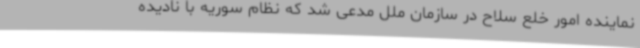
نماینده امور خلع سلاح در سازمان ملل مدعی شد که نظام سوریه با نادیده